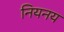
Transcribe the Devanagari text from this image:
नियनय